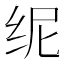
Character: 𱺙